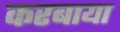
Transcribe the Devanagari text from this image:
करबाया